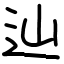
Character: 辿